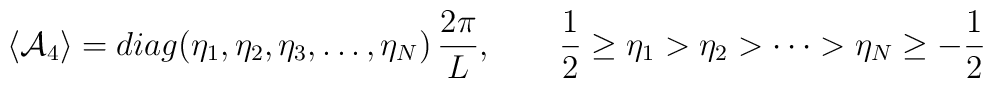
\langle {\cal A}_4 \rangle=diag(\eta_1,\eta_2,\eta_3,\dots,\eta_N)\,\frac{2\pi}{L}, \qquad \frac{1}{2}\ge \eta_1 >\eta_2>\cdots>\eta_N\ge -\frac{1}{2}